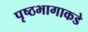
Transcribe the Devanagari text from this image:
पृष्ठभागाकडे